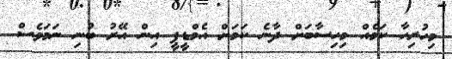
މިހުރިހާ ކަމެއް މިހިސާބަށް ދާނެ ކަމަށް އެމްޑީޕީ އިން އޭރު ބުނި ނަމަވެސް